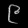
Digit: ၉